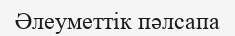
Әлеуметтік пәлсапа